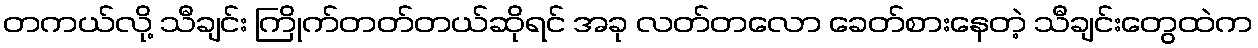
တကယ်လို့ သီချင်း ကြိုက်တတ်တယ်ဆိုရင် အခု လတ်တလော ခေတ်စားနေတဲ့ သီချင်းတွေထဲက